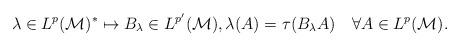
LaTeX: \begin{align*}\lambda \in L^p(\mathcal M)^* \mapsto B_\lambda\in L^{p'}(\mathcal M) , \lambda(A)= \tau(B_\lambda A) \quad\forall A\in L^p(\mathcal M) .\end{align*}